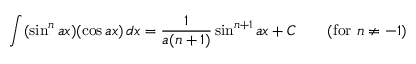
\int ( \sin ^ { n } a x ) ( \cos a x ) \, d x = { \frac { 1 } { a ( n + 1 ) } } \sin ^ { n + 1 } a x + C \qquad { \mathrm { ( f o r ~ } } n \neq - 1 { \mathrm { ) } }